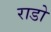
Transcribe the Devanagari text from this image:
राडो